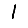
Digit: 1